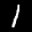
Label: 1